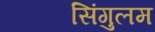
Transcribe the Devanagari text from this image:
सिंगुलम